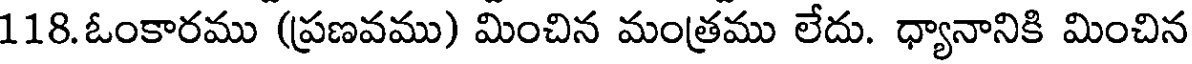
118.ఓంకారము (ప్రణవము) మించిన మంత్రము లేదు. ధ్యానానికి మించిన